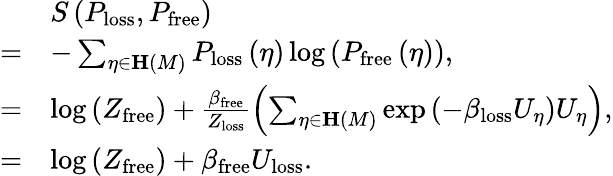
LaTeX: \begin{array}{rl}&{S\left(P_{\mathrm{loss}},P_{\mathrm{free}}\right)}\\ {=}&{-\sum_{\eta\in\mathbf{H}\left(M\right)}P_{\mathrm{loss}}\left(\eta\right)\log\left(P_{\mathrm{free}}\left(\eta\right)\right),}\\ {=}&{\log\left(Z_{\mathrm{free}}\right)+\frac{\beta_{\mathrm{free}}}{Z_{\mathrm{loss}}}\left(\sum_{\eta\in\mathbf{H}\left(M\right)}\exp\left(-\beta_{\mathrm{loss}}U_{\eta}\right)U_{\eta}\right),}\\ {=}&{\log\left(Z_{\mathrm{free}}\right)+\beta_{\mathrm{free}}U_{\mathrm{loss}}.}\end{array}